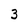
Character: 3